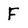
Character: F